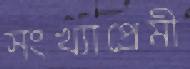
সংখ্যাপ্রেমী